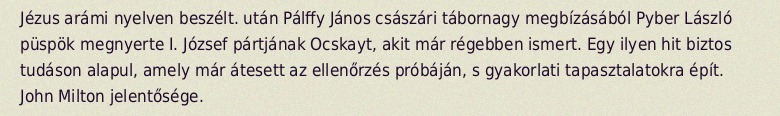
Jézus arámi nyelven beszélt. után Pálffy János császári tábornagy megbízásából Pyber László püspök megnyerte I. József pártjának Ocskayt, akit már régebben ismert. Egy ilyen hit biztos tudáson alapul, amely már átesett az ellenőrzés próbáján, s gyakorlati tapasztalatokra épít. John Milton jelentősége.